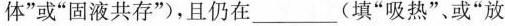
体”或”固液共存”)，且仍在___(填”吸热”、或”放